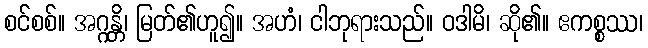
စင်စစ်။ အဂ္ဂန္တိ၊ မြတ်၏ဟူ၍။ အဟံ၊ ငါဘုရားသည်။ ဝဒါမိ၊ ဆို၏။ ဧကစ္စဿ၊